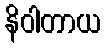
နိဝါတာယ